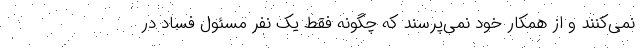
نمی‌کنند و از همکار خود نمی‌پرسند که چگونه فقط یک نفر مسئول فساد در